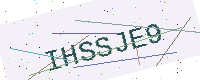
Text: IHSSJE9